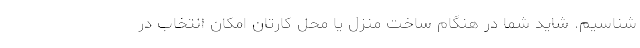
شناسیم. شاید شما در هنگام ساخت منزل یا محل کارتان امکان انتخاب در